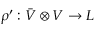
\rho ^ { \prime } : { \bar { V } } \otimes V \rightarrow L